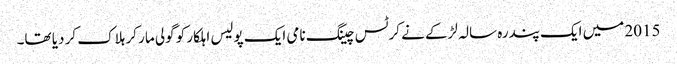
2015 میں ایک پندرہ سالہ لڑکے نے کرٹس چینگ نامی ایک پولیس اہلکار کو گولی مار کر ہلاک کر دیا تھا۔